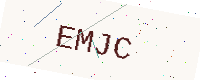
Text: EMJC